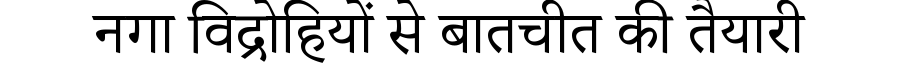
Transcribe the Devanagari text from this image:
नगा विद्रोहियों से बातचीत की तैयारी